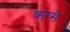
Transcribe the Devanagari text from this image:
करसे